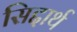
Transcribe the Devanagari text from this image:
सिद्दार्थ